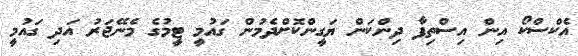
އެކްސްކޯ އިން އިސްތިފާ ދިންކަން ޔަގީންކޮށްދެމުން ގައުމީ ޓީމުގެ މެނޭޖަރު އަދި ގައުމީ